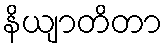
နိယျာတိတာ